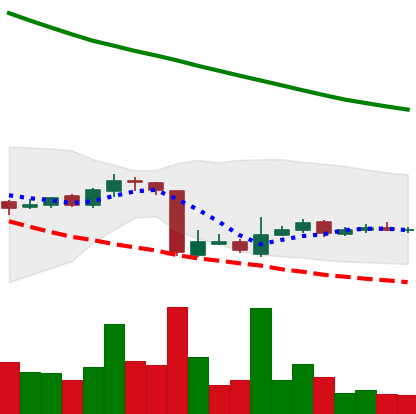
Ticker: ADA-USD
Chart end date: 2018-10-22
Forward return: -3.814%
Label: down_3_5